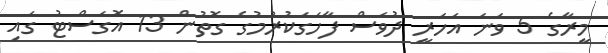
މީރާގެ 5 ވަނަ އަހަރީ ދުވަސް ފާހަގަކުރުމުގެ ގޮތުން 13 އޮގަސްޓު ގައި